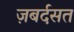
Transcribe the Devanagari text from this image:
ज़बर्दसत